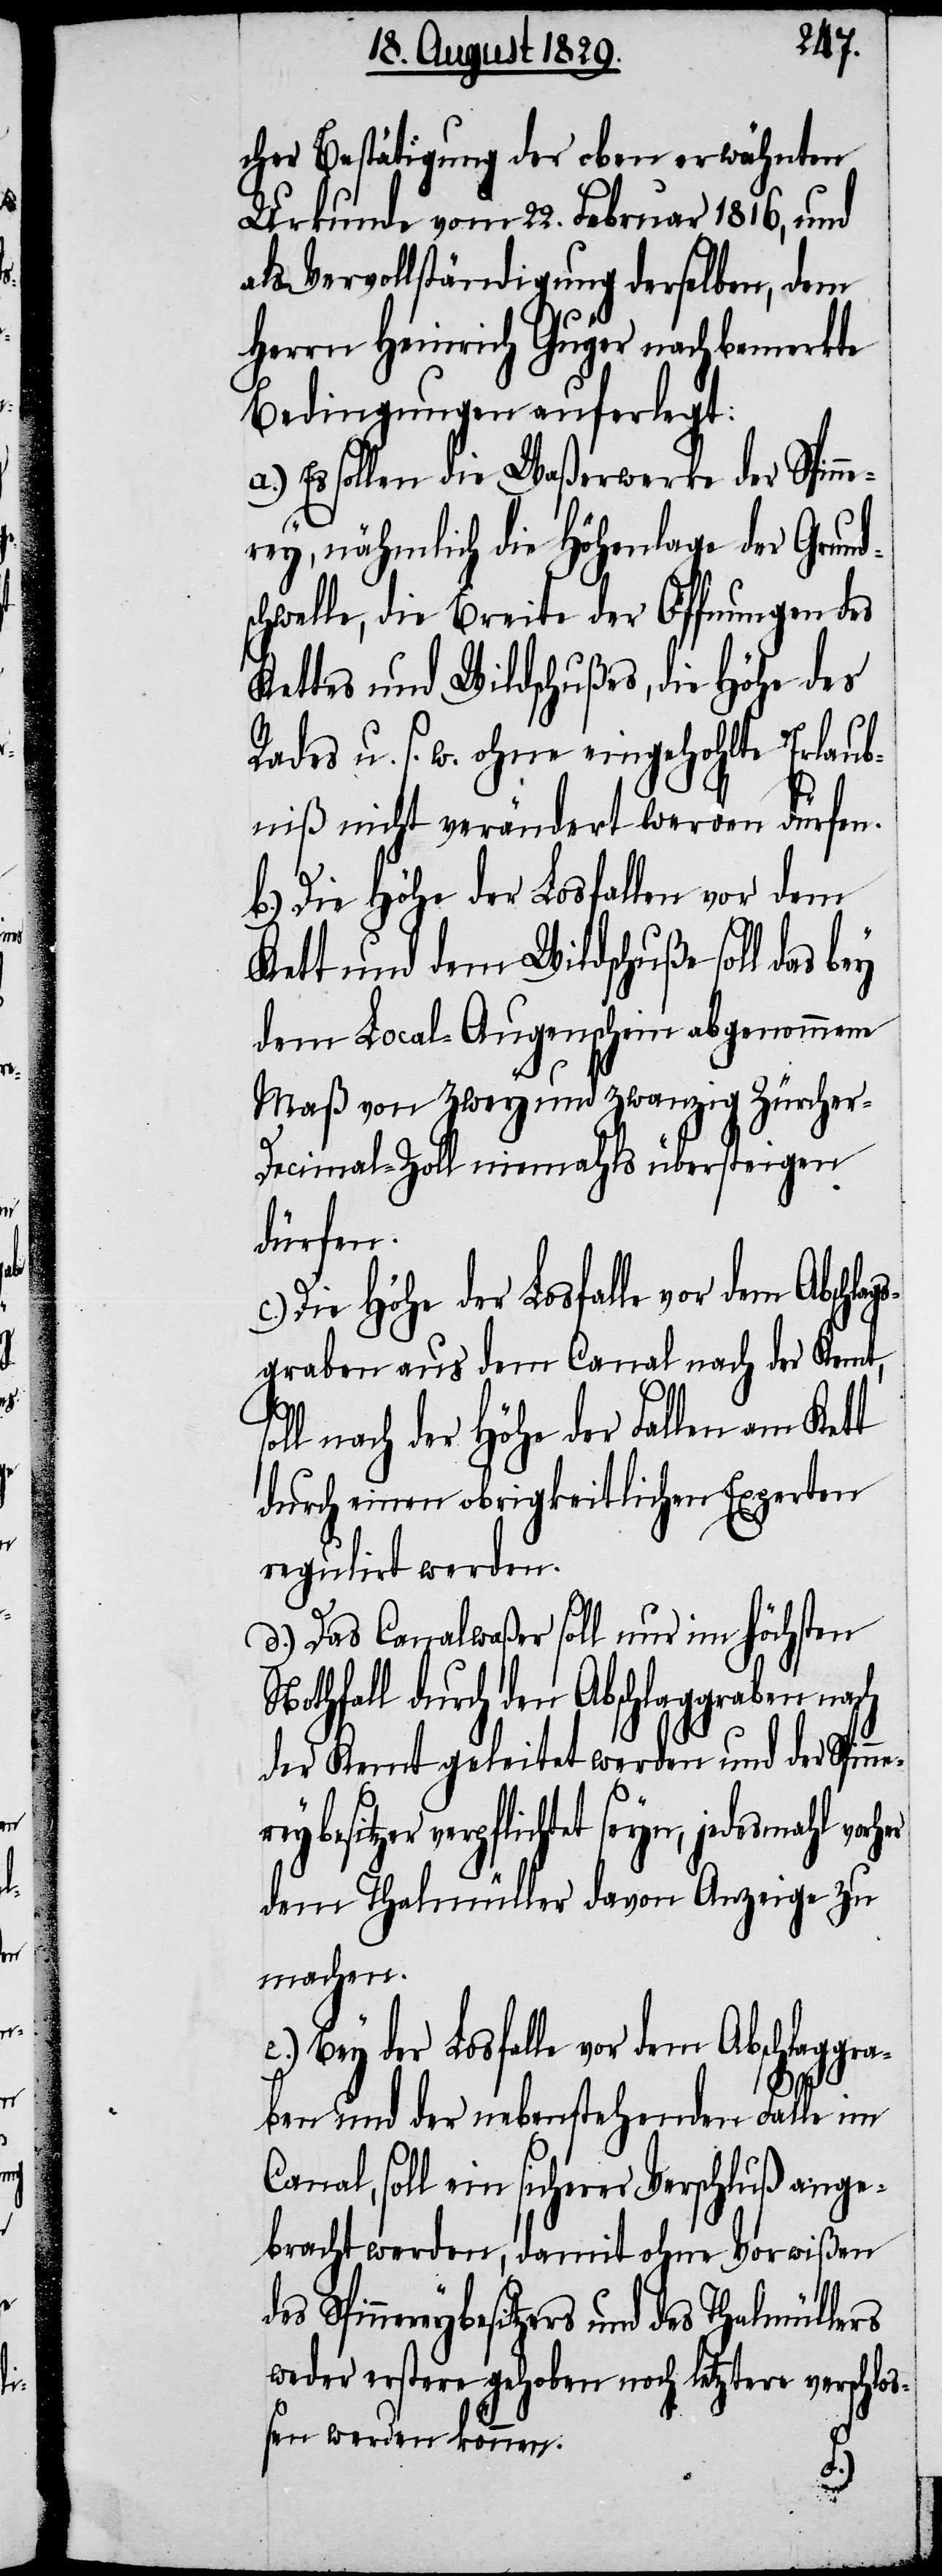
er

cher Bestätigung der oben erwähnten
Urkunde vom 22. Februar 1816, und
als Vervollständigung derselben, dem
Herrn Heinrich Guyer nachbemerkte
Bedingungen auferlegt:
a.) Es sollen die Waßerwerke der Spinne¬
rey, nähmlich die Höhenlage der Grund¬
schwelle, die Breite der Offnungen des
Kettes und Wildschußes, die Höhe des
Rades u. s. w. ohne eingehohlte Erlaub¬
niß nicht verändert werden dürfen.
b.) Die Höhe der Losfallen vor dem
Kett und dem Wildschuße soll das bey
dem Local-Augenschein abgenommene
Maß von zwey und zwanzig Zürich-D¬
ecimal-Zoll niemahls übersteigen
dürfen.
Die Höhe der Losfalle vor dem Abschla¬
gsgraben aus dem Canal nach der Kemt,
ll nach der Höhe der Fallen am Ket¬
durch einen obrigkeitlichen Experten
regulirt werden.
d.) Das Canalwaßer soll nur im höchsten
Nothfall durch den Abschlaggraben nach
der Kemt geleitet werden und der Spin¬
eybesitzer verpflichtet seyn, jedesmahl vorh¬
dem Thalmüller davon Anzeige zu
machen.
e.) Bey der Losfalle vor dem Abschlaggra¬
ben und der nebenstehenden Falle im
Canal, soll ein sicherer Verschluß ange¬
bracht werden, damit ohne Vorwissen
Spinnereybesitzers und des Thalmüllers
weder erstere gehoben noch letztere verschlo¬
ßen werden können.